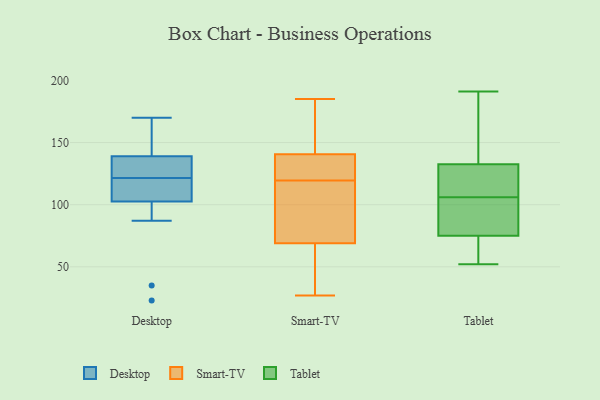
{"axis": {"x": "Latency (ms)", "y": "Value"}, "legend": ["Desktop", "Smart-TV", "Tablet"], "data": [{"x": "", "y": 164, "type": "Desktop"}, {"x": "", "y": 122, "type": "Desktop"}, {"x": "", "y": 146, "type": "Desktop"}, {"x": "", "y": 131, "type": "Desktop"}, {"x": "", "y": 157, "type": "Desktop"}, {"x": "", "y": 170, "type": "Desktop"}, {"x": "", "y": 23, "type": "Desktop"}, {"x": "", "y": 97, "type": "Desktop"}, {"x": "", "y": 128, "type": "Desktop"}, {"x": "", "y": 109, "type": "Desktop"}, {"x": "", "y": 121, "type": "Desktop"}, {"x": "", "y": 35, "type": "Desktop"}, {"x": "", "y": 132, "type": "Desktop"}, {"x": "", "y": 108, "type": "Desktop"}, {"x": "", "y": 120, "type": "Desktop"}, {"x": "", "y": 87, "type": "Desktop"}, {"x": "", "y": 139, "type": "Smart-TV"}, {"x": "", "y": 27, "type": "Smart-TV"}, {"x": "", "y": 135, "type": "Smart-TV"}, {"x": "", "y": 67, "type": "Smart-TV"}, {"x": "", "y": 142, "type": "Smart-TV"}, {"x": "", "y": 185, "type": "Smart-TV"}, {"x": "", "y": 71, "type": "Smart-TV"}, {"x": "", "y": 106, "type": "Smart-TV"}, {"x": "", "y": 133, "type": "Smart-TV"}, {"x": "", "y": 144, "type": "Smart-TV"}, {"x": "", "y": 93, "type": "Smart-TV"}, {"x": "", "y": 60, "type": "Smart-TV"}, {"x": "", "y": 151, "type": "Tablet"}, {"x": "", "y": 191, "type": "Tablet"}, {"x": "", "y": 52, "type": "Tablet"}, {"x": "", "y": 133, "type": "Tablet"}, {"x": "", "y": 71, "type": "Tablet"}, {"x": "", "y": 87, "type": "Tablet"}, {"x": "", "y": 131, "type": "Tablet"}, {"x": "", "y": 58, "type": "Tablet"}, {"x": "", "y": 99, "type": "Tablet"}, {"x": "", "y": 106, "type": "Tablet"}, {"x": "", "y": 126, "type": "Tablet"}]}